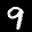
Label: 9